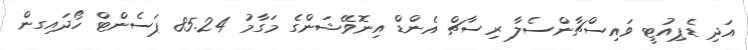
އަދި ޑެޕިއުޓީ ވައިސްޗާންސެލާ ރިސާޗް އެންޑް އިނޮވޭޝަންގެ މަގާމު 85.24 ޕަސެންޓް ހޯދައިގން